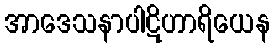
အာဒေသနာပါဋိဟာရိယေန